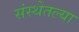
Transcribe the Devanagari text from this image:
संस्थेतल्या